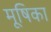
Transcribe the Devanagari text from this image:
मूषिका